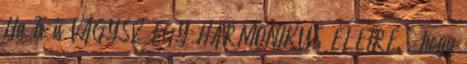
Ha Te is VÁGYSZ EGY HARMONIKUS ÉLETRE , hogy